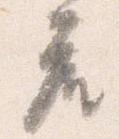
座